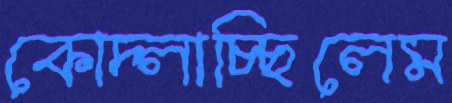
কোদ্‌লাচ্ছিলেম